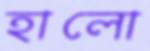
হালো